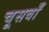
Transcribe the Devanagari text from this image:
चूसबाँ